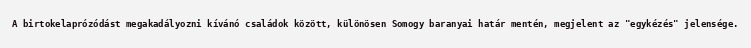
A birtokelaprózódást megakadályozni kívánó családok között, különösen Somogy baranyai határ mentén, megjelent az "egykézés" jelensége.